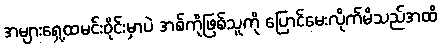
အများရှေ့ထမင်းဝိုင်းမှာပဲ အစ်ကိုဖြစ်သူကို ပြောင်မေးလိုက်မိသည်အထိ